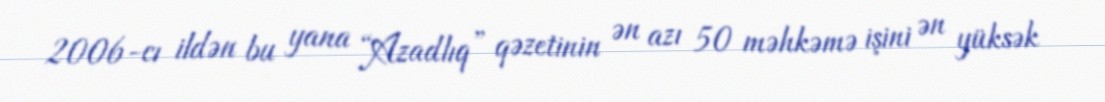
2006-cı ildən bu yana “Azadlıq” qəzetinin ən azı 50 məhkəmə işini ən yüksək